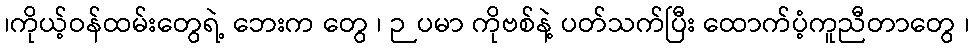
၊ကိုယ့်ဝန်ထမ်းတွေရဲ့ ဘေးက တွေ ၊ ဉပမာ ကိုဗစ်နဲ့ ပတ်သက်ပြီး ထောက်ပံ့ကူညီတာတွေ ၊